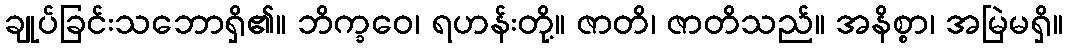
ချုပ်ခြင်းသဘောရှိ၏။ ဘိက္ခဝေ၊ ရဟန်းတို့။ ဇာတိ၊ ဇာတိသည်။ အနိစ္စာ၊ အမြဲမရှိ။